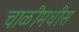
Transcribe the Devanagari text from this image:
चाळीमधीस